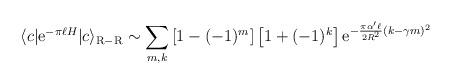
LaTeX: \begin{align*}\langle c | {\rm e}^{-\pi\ell H} |c\rangle_{\rm R-R} \sim \sum_{m,k}\left[1-(-1)^m \right] \left[1+(-1)^k\right] {\rm e}^{-{\pi \alpha ' \ell\over 2 R^2} (k-\gamma m)^2} \end{align*}